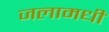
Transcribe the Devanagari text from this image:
जलामधीं